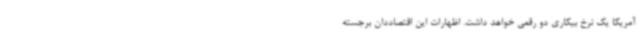
آمریکا یک نرخ بیکاری دو رقمی خواهد داشت. اظهارات این اقتصاددان برجسته